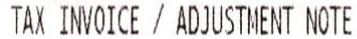
TAX INVOICE / ADJUSTMENT NOTE